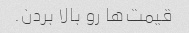
قیمت‌ها رو بالا بردن.